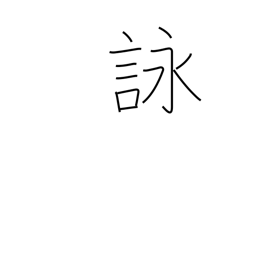
Meaning: composing